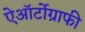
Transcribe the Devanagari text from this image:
ऐऑर्टोग्राफी